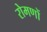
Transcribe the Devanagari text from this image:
रोमणों